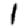
Digit: 1